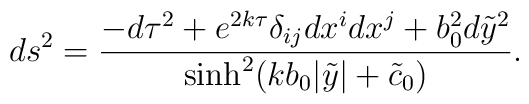
ds^2 = \frac{-d\tau^2+e^{2k\tau}\delta_{ij}dx^idx^j+b_0^2d{\tilde y}^2}{\sinh^2(kb_0|\tilde{y}|+\tilde{c}_0)}.